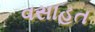
વસાહત